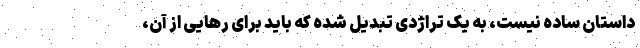
داستان ساده نیست، به یک تراژدی تبدیل شده که باید برای رهایی از آن،